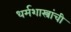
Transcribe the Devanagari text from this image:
धर्मशास्त्रांची